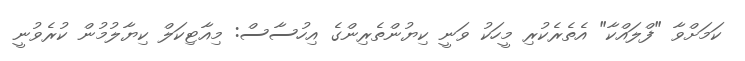
ކަމަށްވާ "ފްލައްކާ" އެތެރެކުރި މީހަކު ވަނީ ކިޔުންތެރިންގެ އިހުސާސް: މިއާޓިކަލް ކިޔާލުމުން ކުރެވުނީ